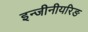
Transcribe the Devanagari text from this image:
इन्जीनीयरिङ